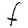
Character: F